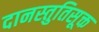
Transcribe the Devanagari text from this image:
दानस्तुतिसूक्त